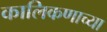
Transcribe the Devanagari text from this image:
कालिकणाच्या